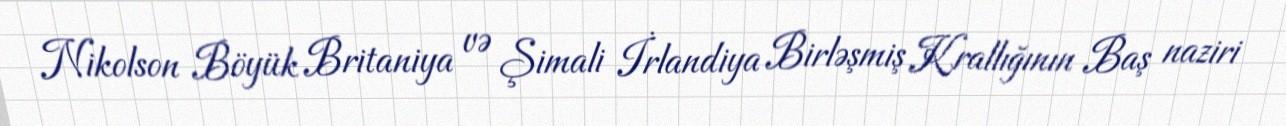
Nikolson Böyük Britaniya və Şimali İrlandiya Birləşmiş Krallığının Baş naziri